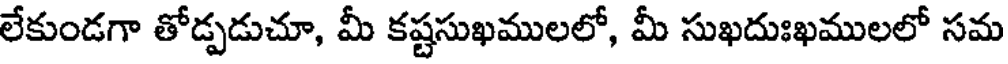
లేకుండగా తోడ్పడుచూ, మీ కష్టసుఖములలో, మీ సుఖదుఃఖములలో సమ